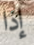
إذا